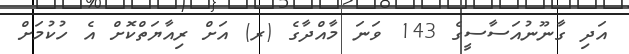
އަދި ގާނޫނުއަސާސީގެ 143 ވަނަ މާއްދާގެ (ރ) އަށް ރިއާޔަތްކޮށް އެ ހުކުމަށް